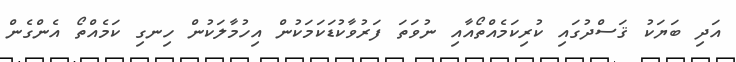
އަދި ބަޔަކު ޤަސްދުގައި ކުރިކަމެއްތޯއާއި ނުވަތަ ފަރުވާކުޑަކަމަކުން އިހުމާލަކުން ހިނގި ކަމެއްތޯ އެންގެން